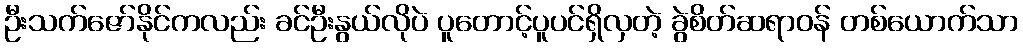
ဦးသက်ဇော်နိုင်ကလည်း ခင်ဦးနွယ်လိုပဲ ပူတောင့်ပူပင်ရှိလှတဲ့ ခွဲစိတ်ဆရာဝန် တစ်ယောက်သာ